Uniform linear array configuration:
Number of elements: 32
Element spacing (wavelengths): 0.25
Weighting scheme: blackman
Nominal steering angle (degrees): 60
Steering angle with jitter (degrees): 58.584
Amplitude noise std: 0.05
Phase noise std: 0.05

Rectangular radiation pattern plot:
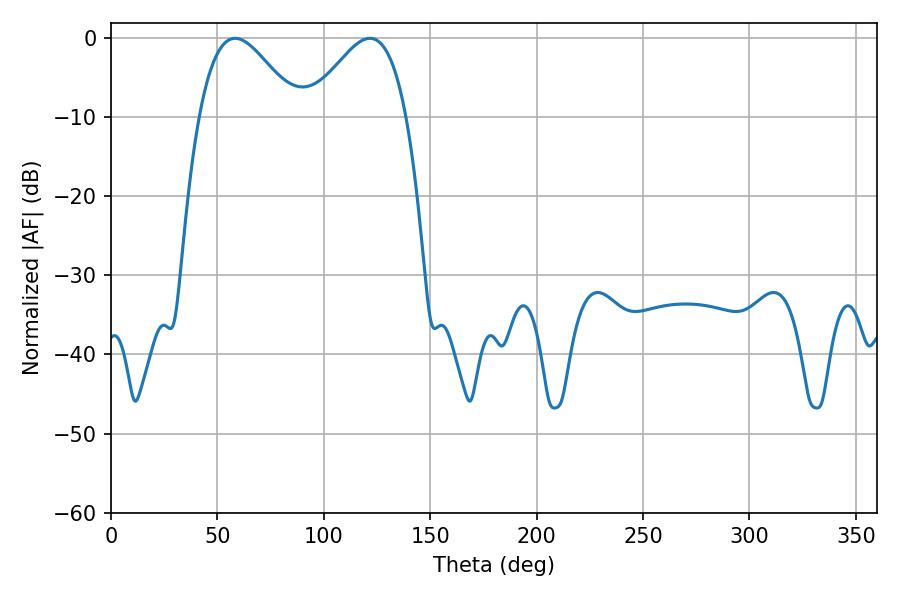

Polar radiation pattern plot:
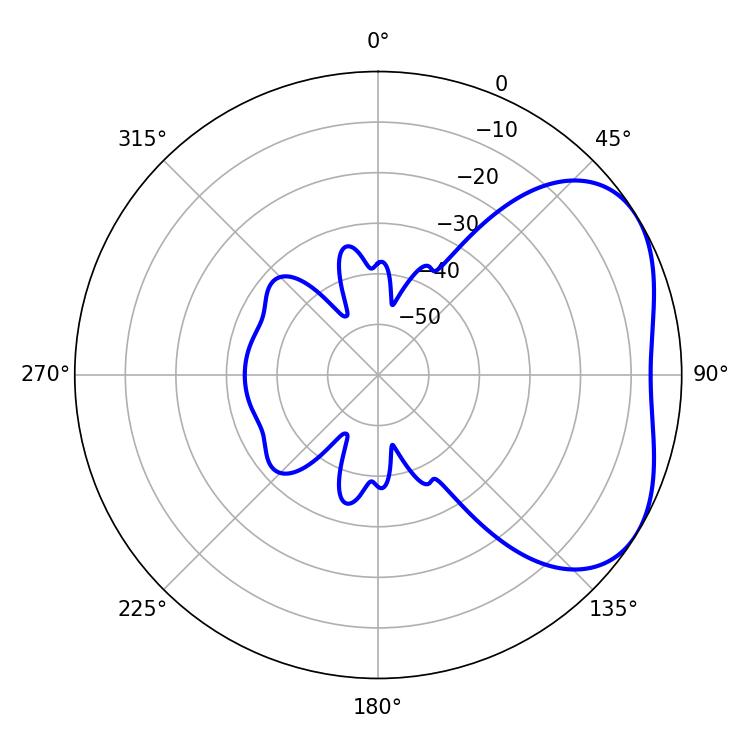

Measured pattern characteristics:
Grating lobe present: FALSE
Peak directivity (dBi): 3.777
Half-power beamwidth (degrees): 24.66
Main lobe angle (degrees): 58.32